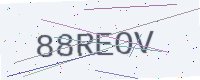
Text: 88REOV